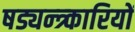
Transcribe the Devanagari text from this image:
षड्यन्त्र्कारियों